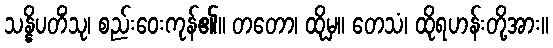
သန္နိပတိံသု၊ စည်းဝေးကုန်၏။ တတော၊ ထိုမှ။ တေသံ၊ ထိုရဟန်းတို့အား။